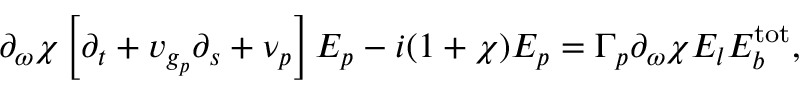
\partial _ { \omega } \chi \left[ \partial _ { t } + v _ { g _ { p } } \partial _ { s } + \nu _ { p } \right] E _ { p } - i ( 1 + \chi ) E _ { p } = \Gamma _ { p } \partial _ { \omega } \chi E _ { l } E _ { b } ^ { \mathrm { { t o t } } } ,